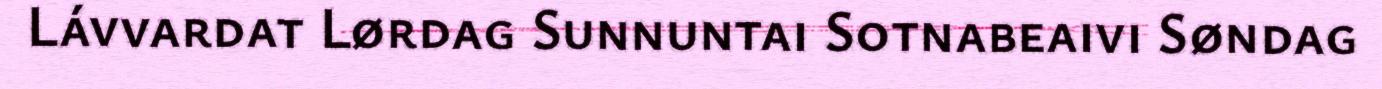
Lávvardat Lørdag Sunnuntai Sotnabeaivi Søndag